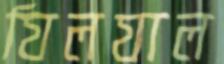
যিলযাল